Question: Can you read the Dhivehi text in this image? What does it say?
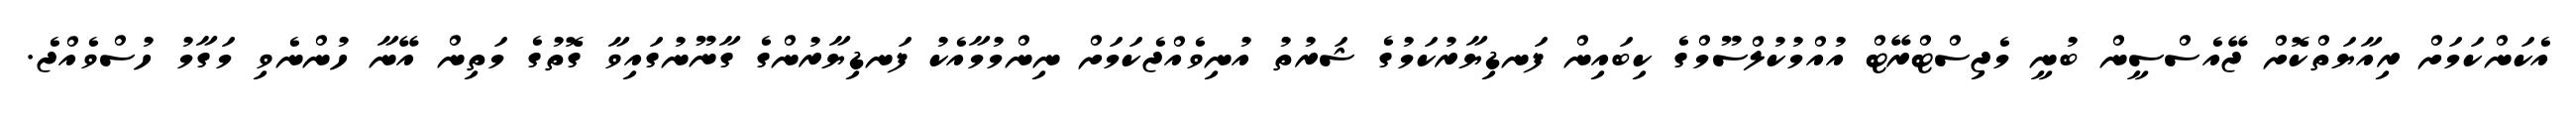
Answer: އެކަންކަމަށް ރިއާޔަތްކޮށް ޖޭއެސްސީން ބުނީ މެޖިސްޓްރޭޓް އުއްމުކުލްސޫމްގެ ކިބައިން ފަނޑިޔާރުކަމުގެ ޝަރުތު އުނިވެއްޖެކަމަށް ނިންމުމާއެކު ފަނޑިޔާރުންގެ ގާނޫނުގައިވާ ގޮތުގެ މަތިން އޭނާ ހުންނެވި މަގާމު ހުސްވެއްޖެ.